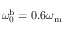
\omega _ { \mathrm { 0 } } ^ { \mathrm { b } } = 0 . 6 \omega _ { \mathrm { m } }